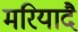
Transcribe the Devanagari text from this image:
मरियादै